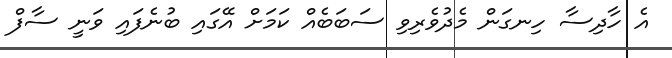
އެ ހާދިސާ ހިނގަން މެދުވެރިވި ސަބަބެއް ކަމަށް އޭގައި ބުނެފައި ވަނީ ސާފް